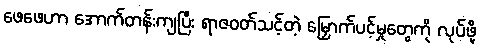
ဖေဖေဟာ အောက်တန်းကျပြီး ရာဇဝတ်သင့်တဲ့ မြှောက်ပင့်မှုတွေကို လုပ်ဖို့